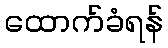
ထောက်ခံရန်